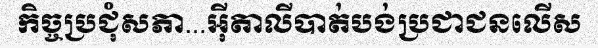
កិច្ចប្រជុំសភា...អ៊ីតាលីបាត់បង់ប្រជាជនលើស